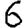
Digit: 6